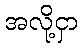
အလို့ငှာ